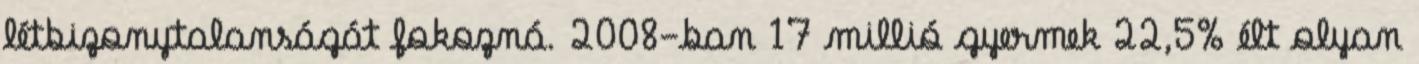
létbizonytalanságát fokozná. 2008-ban 17 millió gyermek 22,5% élt olyan